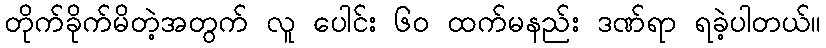
တိုက်ခိုက်မိတဲ့အတွက် လူ ပေါင်း ၆၀ ထက်မနည်း ဒဏ်ရာ ရခဲ့ပါတယ်။